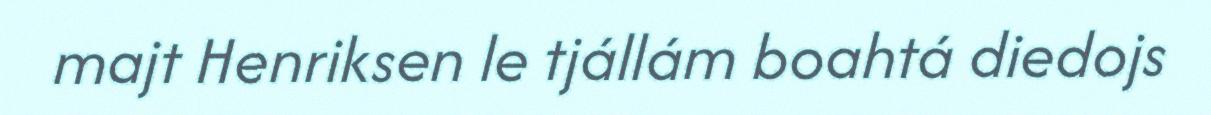
majt Henriksen le tjállám boahtá diedojs